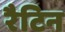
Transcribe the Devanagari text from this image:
रैटिन